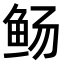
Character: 𫚊